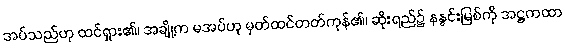
အပ်သည်ဟု ထင်ရှား၏၊ အချို့က မအပ်ဟု မှတ်ထင်တတ်ကုန်၏၊ ဆိုးရည်၌ နနွင်းမြစ်ကို အဋ္ဌကထာ